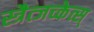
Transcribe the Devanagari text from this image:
स्त्रैत्जच्केत्स्